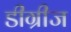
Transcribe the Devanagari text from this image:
डीग्रीज